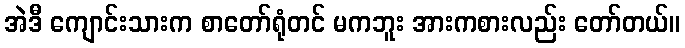
အဲဒီ ကျောင်းသားက စာတော်ရုံတင် မကဘူး အားကစားလည်း တော်တယ်။